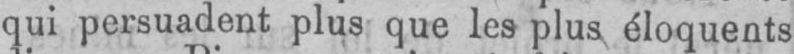
qui persuadent plus que les plus éloquents